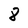
Character: 8